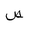
Letter: _sad